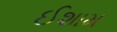
ઈશામ